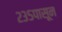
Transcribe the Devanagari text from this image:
२३५पासून